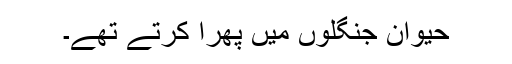
حیوان جنگلوں میں پھرا کرتے تھے۔